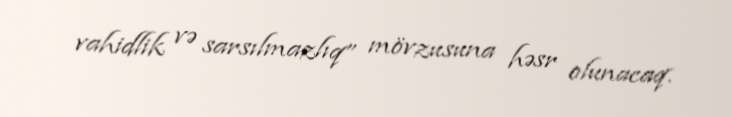
vahidlik və sarsılmazlıq” mövzusuna həsr olunacaq.